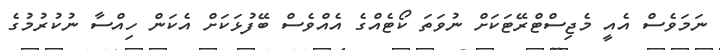
ނަމަވެސް އެއީ މެޖިސްޓްރޭޓަކަށް ނުވަތަ ކޯޓެއްގެ އެއްވެސް ބޭފުޅަކަށް އެކަން ހިއްސާ ނުކުރުމުގެ